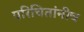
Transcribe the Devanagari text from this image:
परिचितांनीच